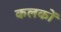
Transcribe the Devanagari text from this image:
कलकों